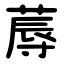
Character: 蓐